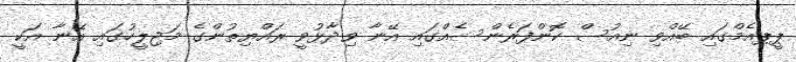
ޕީޕއެމްގައި ބޭއްވި ނިއުސް ކޮންފަރެންސެއްގައި އޭނާ ވިދާޅުވީ ރައްޔިތުންގެ މަޖިލީހުގައި އޭނާ އަކީ